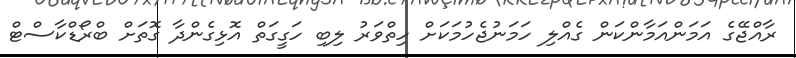
ރާއްޖޭގެ އަމަންއަމާންކަން ގެއްލި ހަމަނުޖެހުމަކަށް ހިތްވަރު ލިބި ހަގީގަތް އޮޅިގެންދާ ގޮތަށް ބްރޯޑްކާސްޓް